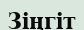
Зіңгіт